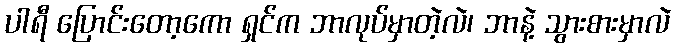
ပါရီ ပြောင်းတော့ကော ရှင်က ဘာလုပ်မှာတဲ့လဲ၊ ဘာနဲ့ သွားစားမှာလဲ